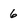
Character: 6